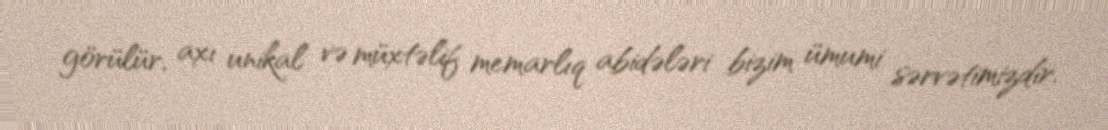
görülür, axı unikal və müxtəlif memarlıq abidələri bizim ümumi sərvətimizdir.